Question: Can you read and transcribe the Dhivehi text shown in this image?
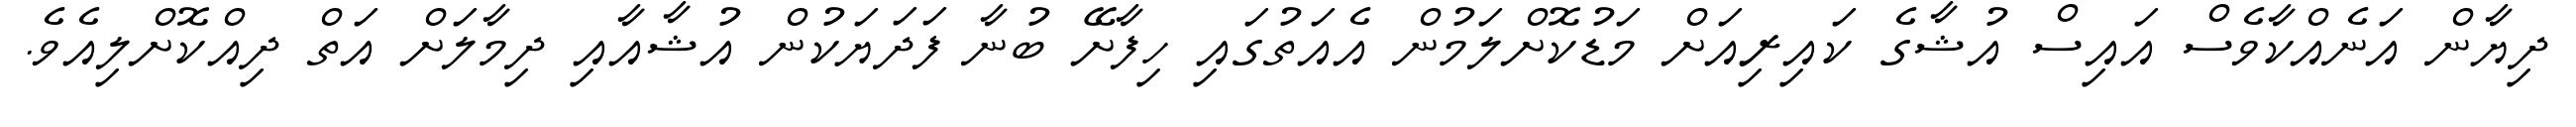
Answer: ދިޔާން އަނެއްކާވެސް އައިސް އުޝާގެ ކައިރިއަށް މަޑުކޮށްލަމުން އެއަތުގައި ހިފާށޭ ބުނާ ފަދަޔަކުން އުޝާއާއި ދިމާލަށް އަތް ދިއްކޮށްލިއެވެ.